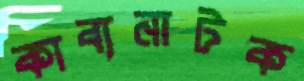
কাব্যনাটক